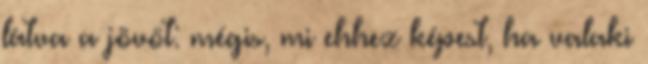
látva a jövőt: mégis, mi ehhez képest, ha valaki